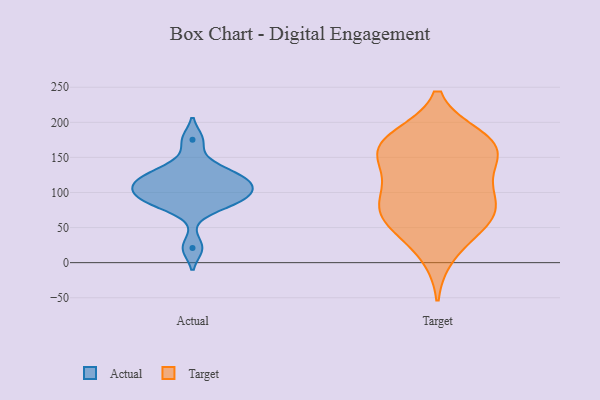
{"axis": {"x": "Budget (USD K)", "y": "Value"}, "legend": ["Actual", "Target"], "data": [{"x": "", "y": 116, "type": "Actual"}, {"x": "", "y": 98, "type": "Actual"}, {"x": "", "y": 126, "type": "Actual"}, {"x": "", "y": 90, "type": "Actual"}, {"x": "", "y": 140, "type": "Actual"}, {"x": "", "y": 21, "type": "Actual"}, {"x": "", "y": 175, "type": "Actual"}, {"x": "", "y": 89, "type": "Actual"}, {"x": "", "y": 101, "type": "Actual"}, {"x": "", "y": 114, "type": "Actual"}, {"x": "", "y": 78, "type": "Actual"}, {"x": "", "y": 118, "type": "Actual"}, {"x": "", "y": 170, "type": "Target"}, {"x": "", "y": 115, "type": "Target"}, {"x": "", "y": 175, "type": "Target"}, {"x": "", "y": 81, "type": "Target"}, {"x": "", "y": 139, "type": "Target"}, {"x": "", "y": 154, "type": "Target"}, {"x": "", "y": 77, "type": "Target"}, {"x": "", "y": 157, "type": "Target"}, {"x": "", "y": 52, "type": "Target"}, {"x": "", "y": 169, "type": "Target"}, {"x": "", "y": 61, "type": "Target"}, {"x": "", "y": 179, "type": "Target"}, {"x": "", "y": 53, "type": "Target"}, {"x": "", "y": 83, "type": "Target"}, {"x": "", "y": 104, "type": "Target"}, {"x": "", "y": 11, "type": "Target"}]}